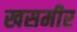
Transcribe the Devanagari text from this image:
खसमीर